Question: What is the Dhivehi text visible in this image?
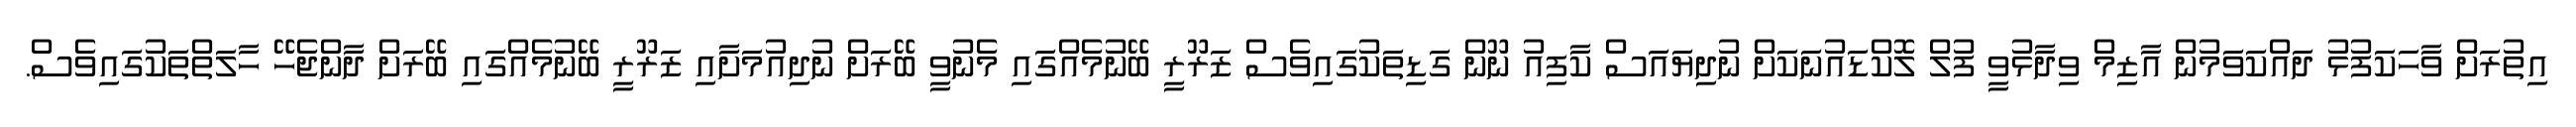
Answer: އިތުރަށް ވާހަކަފުޅު ދައްކަވަމުން އާޒިމް ވިދާޅުވީ ފުލް ލޮކްޑައުނަކަށް ނުދިޔައަސް ކާފިއު ނޫން ގަޑިތަކުގައިވެސް ޒަރޫރީ ބޭނުމެއްގައި މެނުވީ ބޭރަށް ނުދިއުމަށާއި ޒަރޫރީ ބޭނުމެއްގައި ބޭރަށް ދާންޖެހޭ ހާލަތްތަކުގައިވެސް.